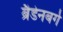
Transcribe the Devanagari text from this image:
ब्रैडेनबर्ग